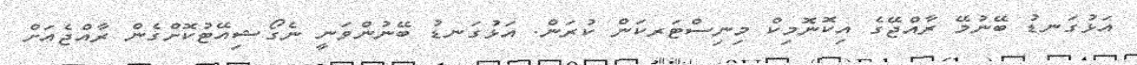
އަޅުގަނޑު ބޭނުމޭ ރާއްޖޭގެ އިކޮނޮމިކް މިނިސްޓަރކަން ކުރަން. އަޅުގަނޑު ބޭނުންވަނީ ނެގޯޝިއޭޓުކޮށްގެން ރާއްޖެއަށް